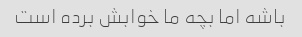
باشه اما بچه ما خوابش برده است